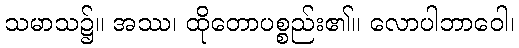
သမာသ၌။ အဿ၊ ထိုတောပစ္စည်း၏။ လောပါဘာဝေါ၊